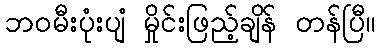
ဘဝမီးပုံးပျံ မှိုင်းဖြည့်ချိန် တန်ပြီ။